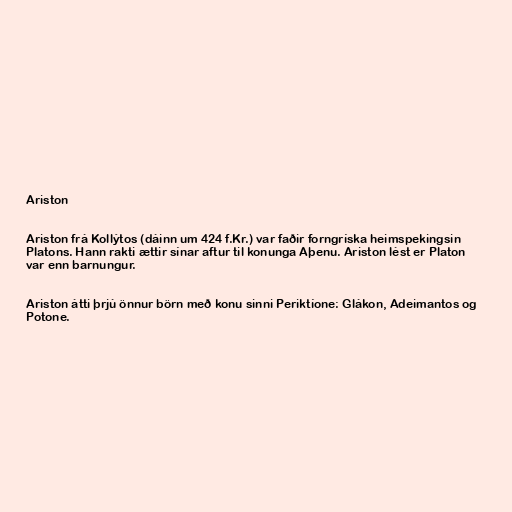
Ariston

Ariston frá Kollýtos (dáinn um 424 f.Kr.) var faðir forngríska heimspekingsin
Platons. Hann rakti ættir sínar aftur til konunga Aþenu. Ariston lést er Platon
var enn barnungur.

Ariston átti þrjú önnur börn með konu sinni Periktíone: Glákon, Adeimantos og
Potone.